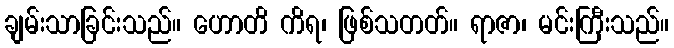
ချမ်းသာခြင်းသည်။ ဟောတိ ကိရ၊ ဖြစ်သတတ်။ ရာဇာ၊ မင်းကြီးသည်။